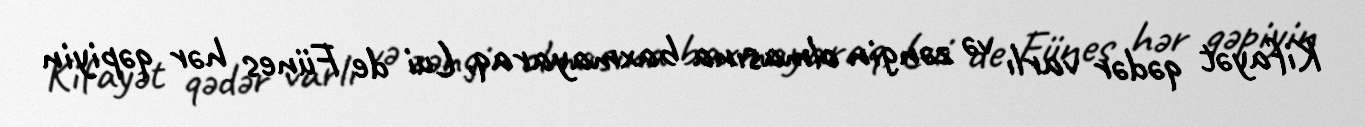
Kifayət qədər varlı və zəngin olmasına baxmayaraq, Lui de Fünes hər qəpiyin